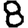
Digit: 8